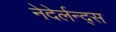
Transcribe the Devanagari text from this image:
नेदेर्लन्द्स